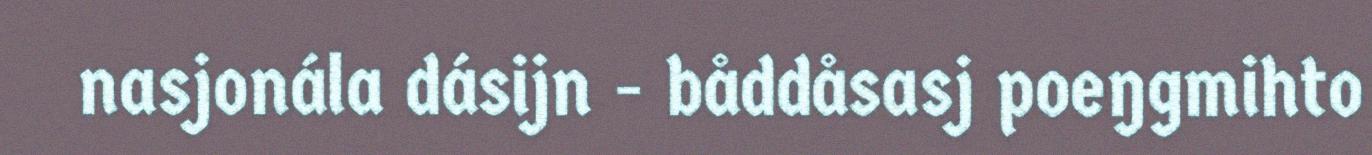
nasjonála dásijn - båddåsasj poeŋgmihto